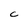
Character: C